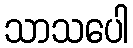
သာသပေါ